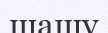
шашу